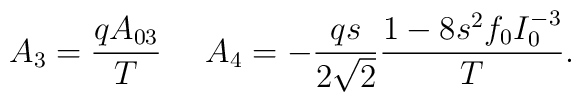
A_3={qA_{03}\over T}\ \ \ \ A_4=-{qs\over 2\sqrt2}{1-8s^2f_0I_0^{-3}\over T}.